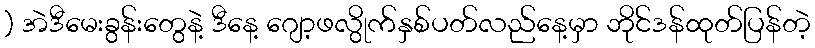
) အဲဒီမေးခွန်းတွေနဲ့ ဒီနေ့ ဂျော့ဖလွိုက်နှစ်ပတ်လည်နေ့မှာ ဘိုင်ဒန်ထုတ်ပြန်တဲ့